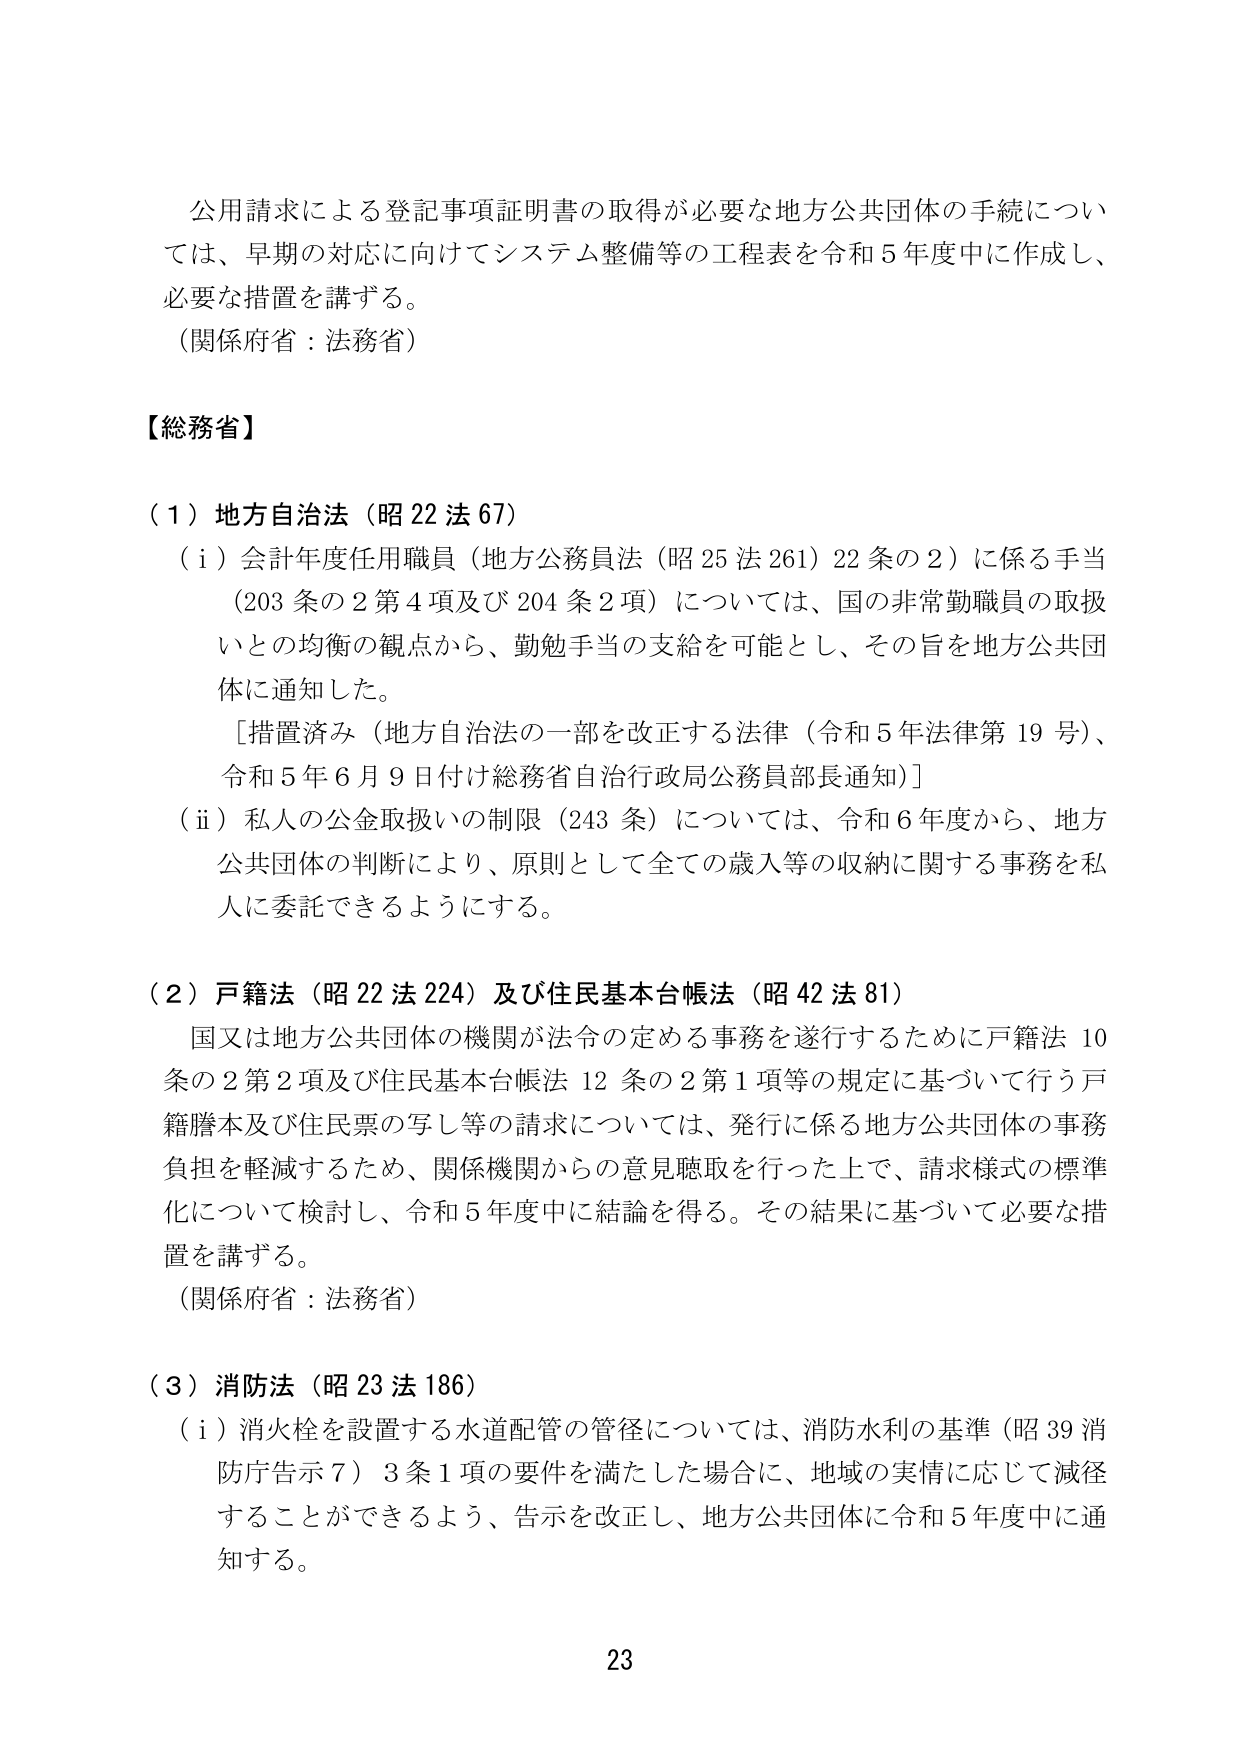
公用請求による登記事項証明書の取得が必要な地方公共団体の手続については、早期の対応に向けてシステム整備等の工程表を令和５年度中に作成し、必要な措置を講ずる。
（関係府省：法務省）

【総務省】

（１）地方自治法（昭22法67）
（ⅰ）会計年度任用職員（地方公務員法（昭25法261）22条の2）に係る手当（203条の2第4項及び204条2項）については、国の非常勤職員の取扱いとの均衡の観点から、勤勉手当の支給を可能とし、その旨を地方公共団体に通知した。
［措置済み（地方自治法の一部を改正する法律（令和5年法律第19号）、令和5年6月9日付け総務省自治行政局公務員部長通知）］
（ⅱ）私人の公金取扱いの制限（243条）については、令和6年度から、地方公共団体の判断により、原則として全ての歳入等の収納に関する事務を私人に委託できるようにする。

（２）戸籍法（昭22法224）及び住民基本台帳法（昭42法81）
国又は地方公共団体の機関が法令の定める事務を遂行するために戸籍法10条の2第2項及び住民基本台帳法12条の2第1項等の規定に基づいて行う戸籍謄本及び住民票の写し等の請求については、発行に係る地方公共団体の事務負担を軽減するため、関係機関からの意見聴取を行った上で、請求様式の標準化について検討し、令和5年度中に結論を得る。その結果に基づいて必要な措置を講ずる。
（関係府省：法務省）

（３）消防法（昭23法186）
（ⅰ）消火栓を設置する水道配管の管径については、消防水利の基準（昭39消防庁告示7）3条1項の要件を満たした場合に、地域の実情に応じて減径することができるよう、告示を改正し、地方公共団体に令和5年度中に通知する。

23